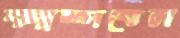
ক্যাম্পবেল